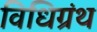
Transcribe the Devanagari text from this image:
विधिग्रंथ